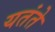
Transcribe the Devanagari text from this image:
यतंते